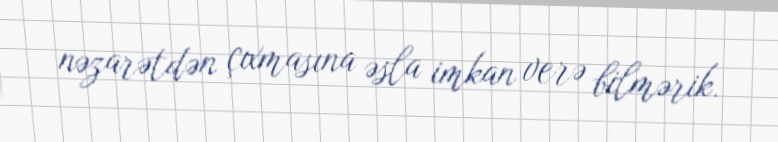
nəzarətdən çıxmasına əsla imkan verə bilmərik.